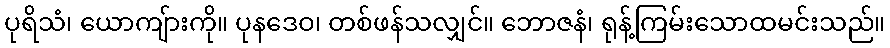
ပုရိသံ၊ ယောကျ်ားကို။ ပုနဒေဝ၊ တစ်ဖန်သလျှင်။ ဘောဇနံ၊ ရုန့်ကြမ်းသောထမင်းသည်။